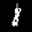
Label: 1